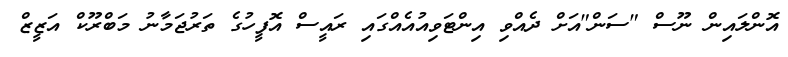
އޮންލައިން ނޫސް "ސަން"އަށް ދެއްވި އިންޓަވިއުއެއްގައި ރައީސް އޮފީހުގެ ތަރުޖަމާނު މަބްރޫކް އަޒީޒް